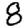
Digit: 8